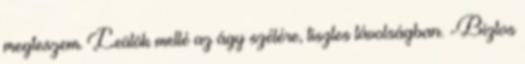
megteszem. Leülök mellé az ágy szélére, tisztes távolságban. -Biztos